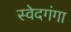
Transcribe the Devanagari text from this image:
स्वेदगंगा